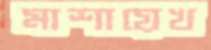
মাশায়েখ